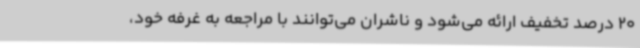
20 درصد تخفیف ارائه می‌شود و ناشران می‌توانند با مراجعه به غرفه خود،